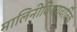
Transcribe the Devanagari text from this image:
मालिनीविजयवार्तिक